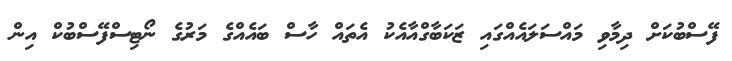
ފޭސްބުކަށް ދިމާވި މައްސަލައެއްގައި ޒަކަބާގްއާއެކު އެތައް ހާސް ބައެއްގެ މަރުގެ ނޯޓިސްފޭސްބުކް އިން